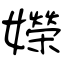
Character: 嬫